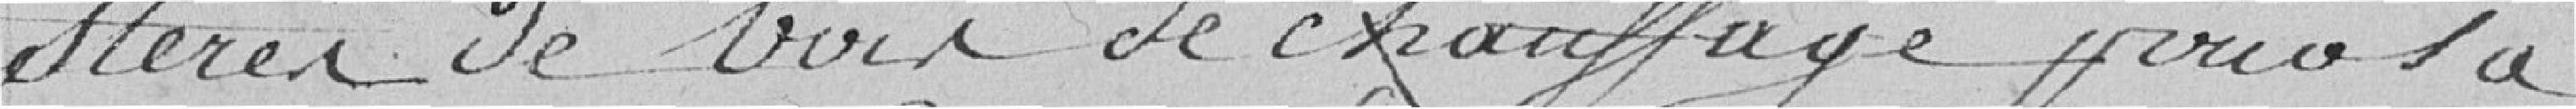
stères de bois de chauffage pour la